Civil Veterinary Department. Madras. Admin. report 1926-33 - 1926-1933
Year: 1926
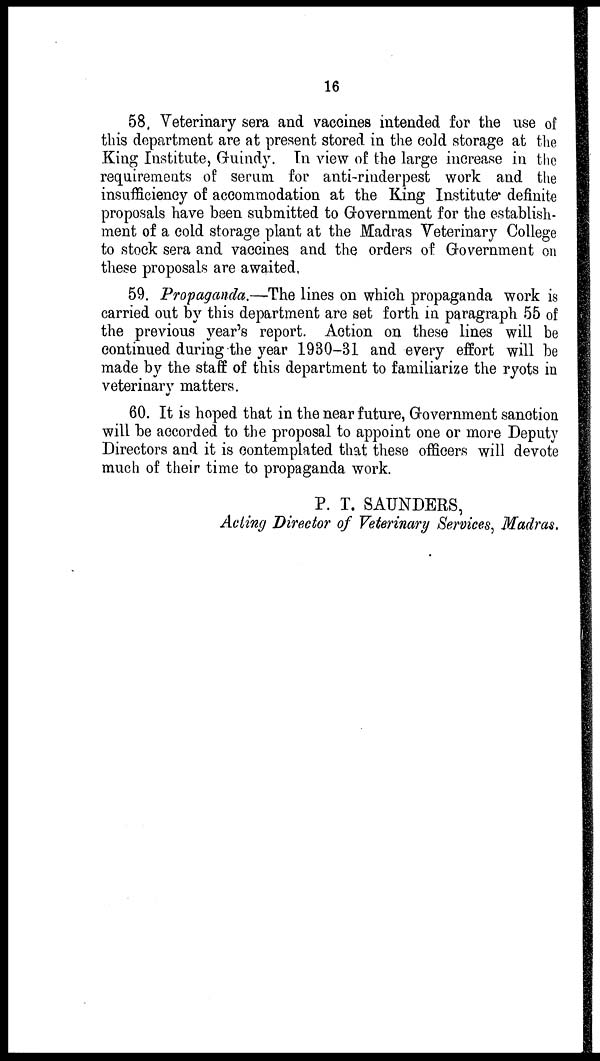
16
58. Veterinary sera and vaccines intended for the use of
this department are at present stored in the cold storage at the
King Institute, Guindy. In view of the large increase in the
requirements of serum for anti-rinderpest work and the
insufficiency of accommodation at the King Institute definite
proposals have been submitted to Government for the establish-
ment of a cold storage plant at the Madras Veterinary College
to stock sera and vaccines and the orders of Government on
these proposals are awaited,
59. Propaganda.—The lines on which propaganda work is
carried out by this department are set forth in paragraph 55 of
the previous year's report. Action on these lines will be
continued during the year 1930-31 and every effort will be
made by the staff of this department to familiarize the ryots in
veterinary matters.
60. It is hoped that in the near future, Government sanction
will be accorded to the proposal to appoint one or more Deputy
Directors and it is contemplated that these officers will devote
much of their time to propaganda work.
P. T. SAUNDERS,
Acting Director of Veterinary Services, Madras.